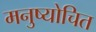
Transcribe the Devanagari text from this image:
मनुष्योचित